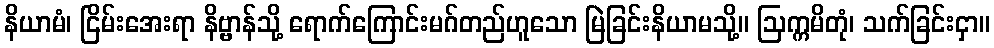
နိယာမံ၊ ငြိမ်းအေးရာ နိဗ္ဗာန်သို့ ရောက်ကြောင်းမဂ်တည်ဟူသော မြဲခြင်းနိယာမသို့။ ဩက္ကမိတုံ၊ သက်ခြင်းငှာ။